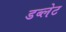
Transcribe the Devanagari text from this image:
डब्लेट